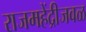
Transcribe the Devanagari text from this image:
राजमहेंद्रीजवळ